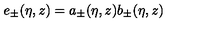
e _ { \pm } ( \eta , z ) = a _ { \pm } ( \eta , z ) b _ { \pm } ( \eta , z )